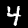
Label: 4